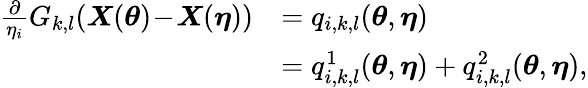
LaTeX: \begin{array}{rl}{\frac{\partial}{\eta_{i}}G_{k,l}(\boldsymbol{X}(\boldsymbol{\theta})\! -\! \boldsymbol{X}(\boldsymbol{\eta}))}&{=q_{i,k,l}({\boldsymbol{\theta}},{\boldsymbol{\eta}})}\\ &{=q_{i,k,l}^{1}({\boldsymbol{\theta}},{\boldsymbol{\eta}})+q_{i,k,l}^{2}({\boldsymbol{\theta}},{\boldsymbol{\eta}}),}\end{array}